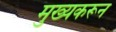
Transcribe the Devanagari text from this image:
मुख्यकरून